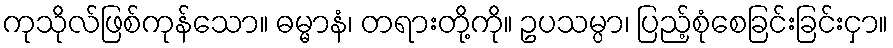
ကုသိုလ်ဖြစ်ကုန်သော။ ဓမ္မာနံ၊ တရားတို့ကို။ ဥပသမ္ပာ၊ ပြည့်စုံစေခြင်းခြင်းငှာ။